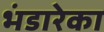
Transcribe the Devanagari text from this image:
भंडारेका